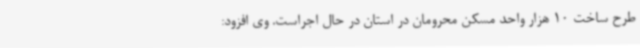
طرح ساخت 10 هزار واحد مسکن محرومان در استان در حال اجراست. وی افزود: